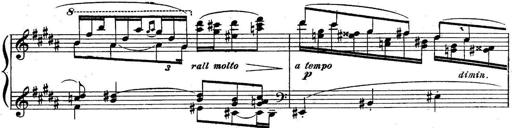
Title: Sonatine
Composer: Adrian Shaposhnikov
Key: E minor